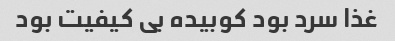
غذا سرد بود کوبیده بی کیفیت بود